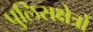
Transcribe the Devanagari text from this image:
पुलिसक्षेत्रों